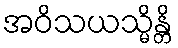
အဝိသယသ္မိန္တိ